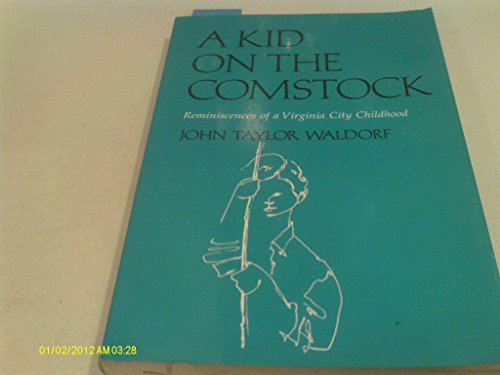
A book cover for A Kid on the Comstock: Reminiscences of a Virginia City Childhood; John Taylor Waldorf; Travel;